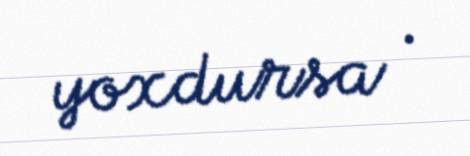
yoxdursa .